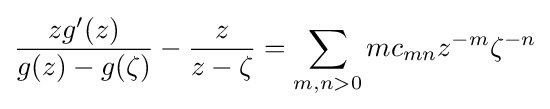
{\frac {zg'(z)}{g(z)-g(\zeta )}}-{\frac {z}{z-\zeta }}=\sum _{m,n>0}mc_{mn}z^{-m}\zeta ^{-n}